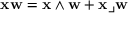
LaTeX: \mathbf { x w } = \mathbf { x } \wedge \mathbf { w } + \mathbf { x } \lrcorner \mathbf { w }